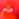
هام